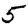
Digit: 5